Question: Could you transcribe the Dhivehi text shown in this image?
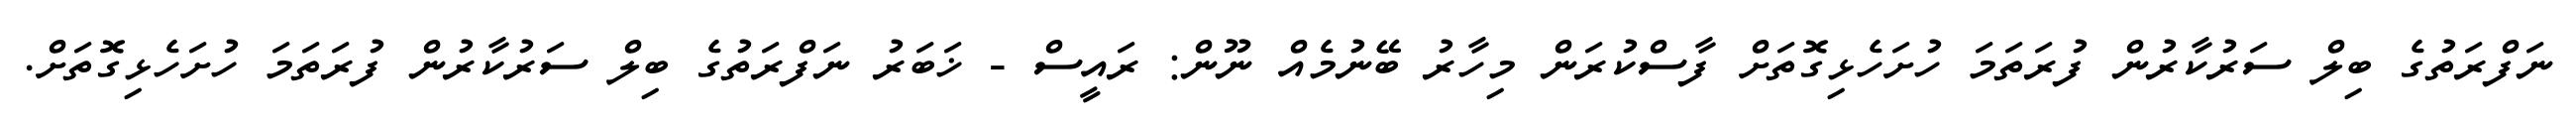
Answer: ނަފްރަތުގެ ބިލް ސަރުކާރުން ފުރަތަމަ ހުށަހެޅިގޮތަށް ފާސްކުރަން މިހާރު ބޭނުމެއް ނޫން: ރައީސް - ޚަބަރު ނަފްރަތުގެ ބިލް ސަރުކާރުން ފުރަތަމަ ހުށަހެޅިގޮތަށް.